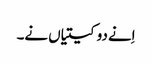
اِنے دو کیتیاں نے۔